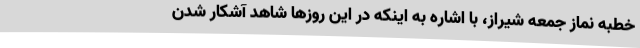
خطبه نماز جمعه شیراز، با اشاره به اینکه در این روزها شاهد آشکار شدن